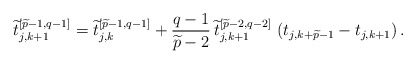
\begin{align*}\widetilde{t}_{j,k+1}^{\left[\widetilde{p}-1,q-1\right]}=\widetilde{t}_{j,k}^{\left[\widetilde{p}-1,q-1\right]}+{q-1 \over \widetilde{p}-2}\,\widetilde{t}_{j,k+1}^{\left[\widetilde{p}-2,q-2\right]}\,\left(t_{j,k+\widetilde{p}-1}-t_{j,k+1}\right).\end{align*}